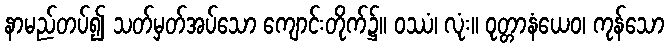
နာမည်တပ်၍ သတ်မှတ်အပ်သော ကျောင်းတိုက်၌။ ဝဿံ၊ လုံး။ ဝုတ္တာနံယေဝ၊ ကုန်သော